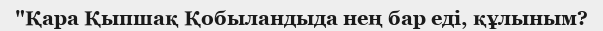
"Қара Қыпшақ Қобыландыда нең бар еді, құлыным?